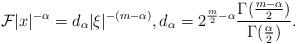
LaTeX: \begin{align*}\mathcal{F}|x|^{-\alpha}=d_{\alpha}|\xi|^{-(m-\alpha)},d_{\alpha}=2^{\frac{m}{2}-\alpha}\frac{\Gamma(\frac{m-\alpha}{2})}{\Gamma(\frac{\alpha}{2})}.\end{align*}